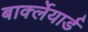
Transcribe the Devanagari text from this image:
बार्क्लेयार्ड